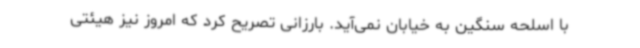
با اسلحه سنگین به خیابان نمی‌آید. بارزانی تصریح کرد که امروز نیز هیئتی